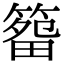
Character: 𥰷